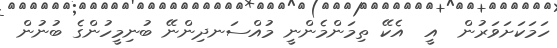
ހަމަކަށަވަރުން  އީ  އެކޭ ތިމަންމެންނީ މުއްސަނދިންނޭ ބުނިމީހުންގެ ބުނުން